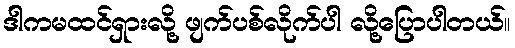
ဒါကမထင်ရှားလို့ ဖျက်ပစ်လိုက်ပါ လို့ပြောပါတယ်။